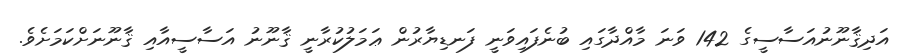
އަދިޤާނޫނުއަސާސީގެ 142 ވަނަ މާއްދާގައި ބުނެފައިވަނީ ފަނޑިޔާރުން ޢަމަލުކުރާނީ ޤާނޫނު އަސާސީއާއި ޤާނޫނަށްކަމަށެވެ.